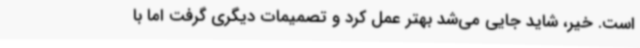
است. خیر، شاید جایی می‌شد بهتر عمل کرد و تصمیمات دیگری گرفت اما با